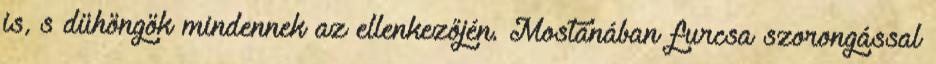
is, s dühöngök mindennek az ellenkezőjén. Mostanában furcsa szorongással